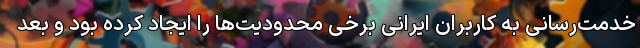
خدمت‌رسانی به کاربران ایرانی برخی محدودیت‌ها را ایجاد کرده بود و بعد